Civil Veterinary Dept. Bombay admin report 1914-1922 - 1914-1922
Year: 1914
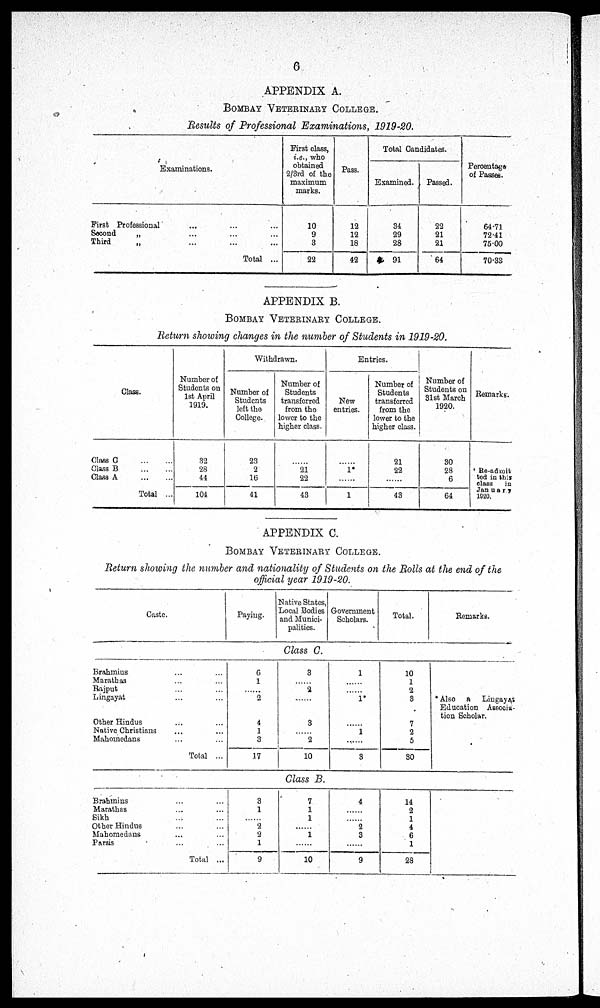
6
APPENDIX A.
BOMBAY VETERINARY COLLEGE.
Results of Professional Examinations, 1919-20.
Examinations.
First Professional … … …
Second
„ … … …
Third
„ … … …
Total ...
First class,
i.e., who
obtained
2/3rd of the
maximum
marks.
10
9
3
22
Pass.
12
12
18
42
Total Candidates.
Examined.
34
29
28
91
Passed.
22
21
21
64
Percentage
of Passes.
64.71
72.41
75.00
70.33
APPENDIX B.
BOMBAY VETERINARY COLLEGE.
Return showing changes in the number of Students in 1919-20.
Class.
Class C … …
Class B ... ...
Class A … …
Total ...
Number of
Students on
1st April
1919.
32
28
44
104
Withdrawn.
Number of
Students
left the
College.
23
2
16
41
Number of
Students
transferred
from the
lower to the
higher class.
......
21
22
43
Entries.
New
entries.
......
1
......
1
Number of
Students
transferred
from the
lower to the
higher class.
21
22
......
43
Number of
Students on
31st March
1920.
30
28
6
64
Remarks.
Re-admit
ted in this
class
in
January
1920.
APPENDIX C.
BOMBAY VETERINARY COLLEGE.
Return showing the number and nationality of Students on the Rolls at the end of the
official year 1919-20.
Caste.
Paying.
Native States,
Local Bodies
and Munici-
palities.
Government
Scholars.
Total.
Remarks.
Class C.
Brahmins ... ...
Marathas ... ...
Rajput ... ...
Lingayat ... ...
Other Hindus ... ...
Native Christians … ...
Mahomedans ... ...
Total ...
6
1
2
4
1
3
17
3
......
2
......
3
......
2
10
1
......
......
1*
......
1
......
3
10
1
2
3
7
2
5
30
Also a
Lingayat
Education Associa-
tion Scholar.
Class B.
Brahmins ... ...
Marathas ... ...
Sikh ... ...
Other Hindus ... ...
Mahomedans ... ...
Parsis ... ...
Total ...
3
1
......
2
2
1
9
7
1
1
......
1
......
10
4
......
......
2
3
.......
9
14
2
1
4
6
1
28